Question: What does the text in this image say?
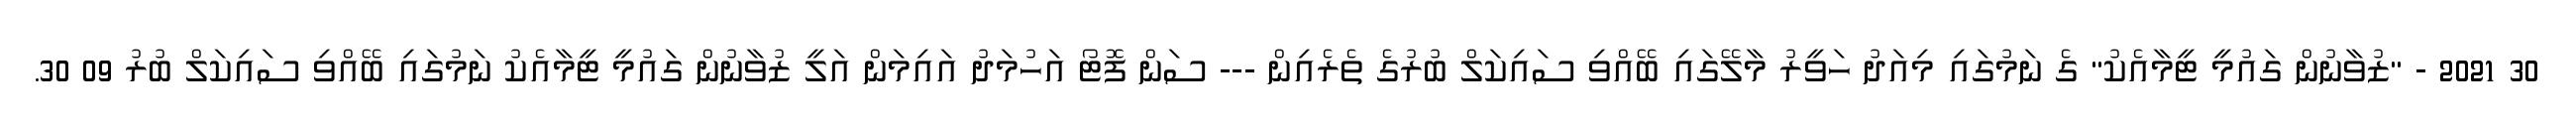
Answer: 30 2021 - "ޒުވާނުން ގައުމީ ޓީމާއެކު" ގެ ނަމުގައި މިއަދު ހަވީރު މާލޭގައި ބޭއްވި ސައިކަލް ބުރުގެ ތެރެއިން --- ސަން ފޮޓޯ އަހުމަދު އައިމަން އަލީ ޒުވާނުން ގައުމީ ޓީމާއެކު ނަމުގައި ބޭއްވި ސައިކަލް ބުރު 09 30.